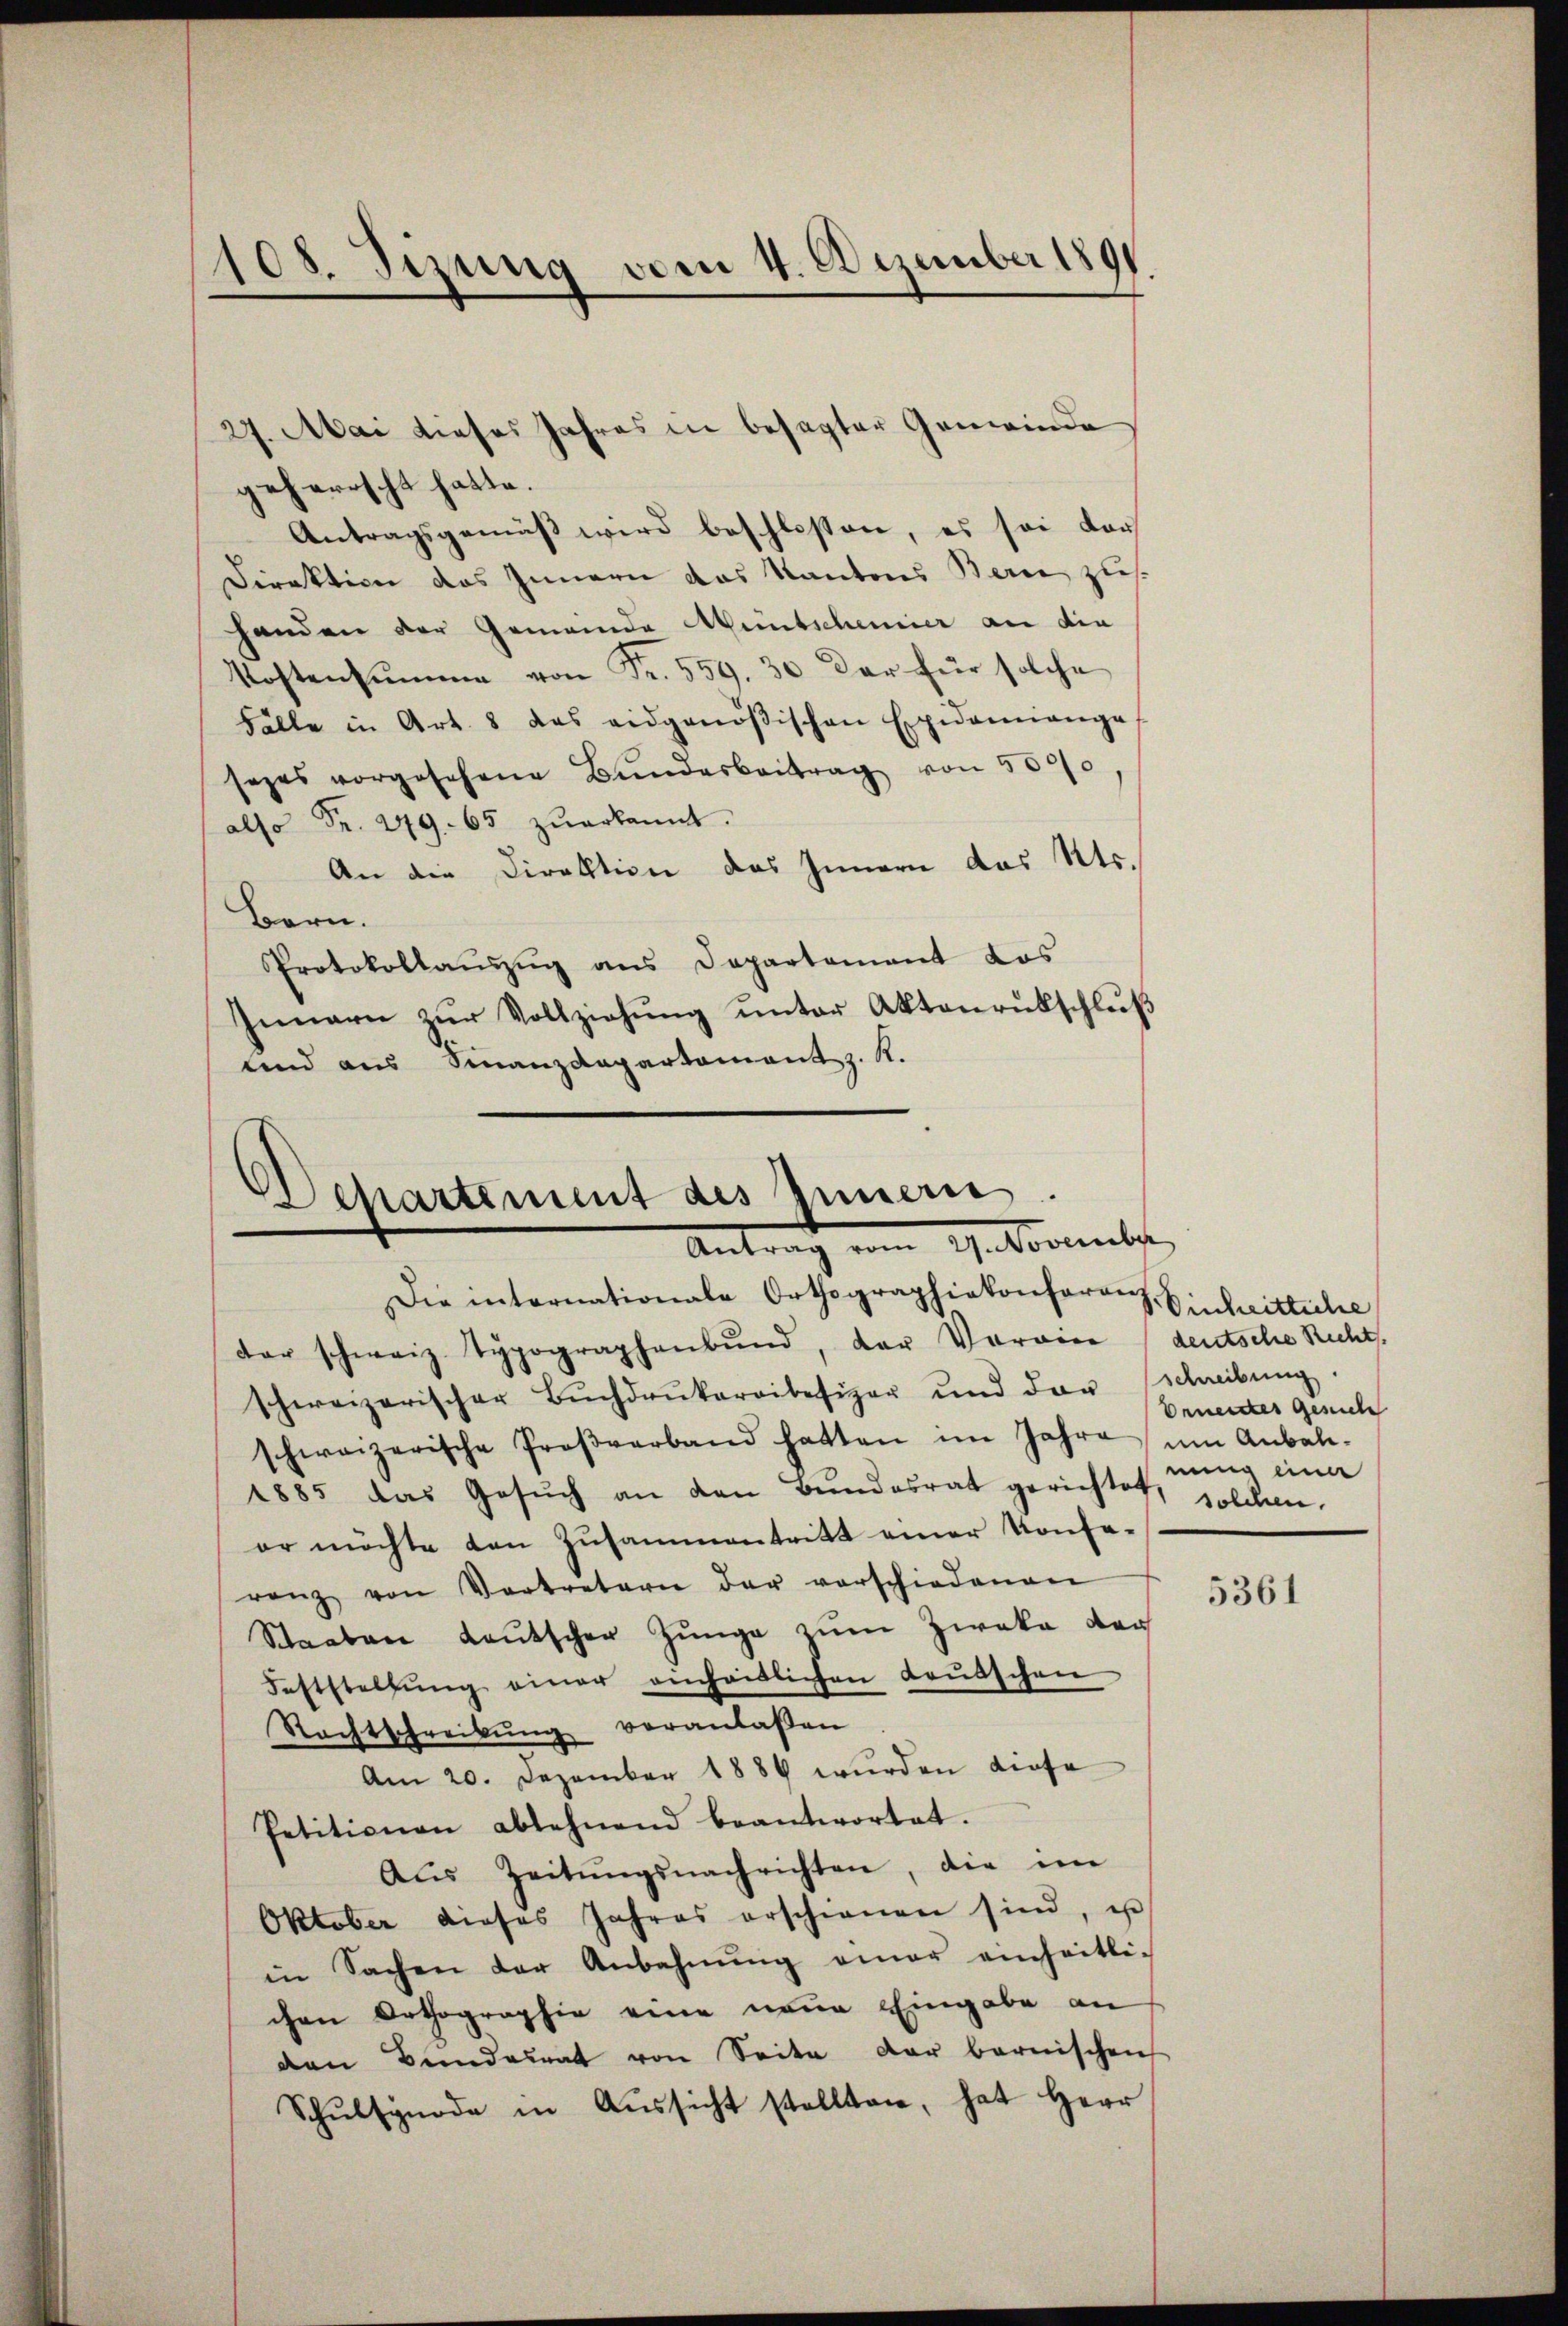
108. Sizung vom 4. Dezember 1891.
d

27. Mai dieses Jahres in besagter Gemeinde
geherrscht hatte.
Antragsgemäß wird beschlossen, es sei darf
Direktion des Innern das Kantons Berie zus.
handen der Gemeinde Muntschemier an die
Kostensumme von Fr. 559. 30 der für solche
Fälle in Art. 8 das eidgenößischen Epidemange
sezes vorgesehene Bŭndesbeitrag von 500/0
also Fr. 279. 65 zŭerkannt.
An die Direktion des Innern des Kts.
Bern.
Protokollauszug aus Departement das
Innarn zŭr Vollziehŭng ŭnter Aktenrübschlŭβ
tend aus Finanzdepartament z. R.

Dchartement des Innern.
Antrag vom 29. November

Die internationale Orthographiekonforos. Eintrittiche
der schweiz. Typographenbund, der Vorwin (deutsche Recht.
schweizerischer Bŭchdrukereibesizer und der Schreibŭng
schweizerische Proβverband hatten im Jahre um Anbal-
1885 das Gesŭch an den Bŭndesrat gerichtet, solchen
er möchte den Zusammentritt einer Konse-
renz von Vertreterie der verschiedenen
Staaben Lautscher Zunge zum Zieka der
Feststellŭng einer einheitlichen Leŭtschen
Rechtschreibŭng veranlaßen
Am 20. Dezember 1884 wurden diese
Petitionen ablehnend beantwortet.
Aŭs Zeitŭngsnachrichten, die im
Oktober dieses Jahres erschienen sind, u
in Sachen der Anbahnŭng einer einheitli-
chen Orthographie eine neue Eingabe an
den Bundesrat von Seite der bernischen
Schŭlsynode in Aŭssicht stellten, hat Herr

Ernendes Gesuche
nung einer

5361